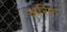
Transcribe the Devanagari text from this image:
अरिफ